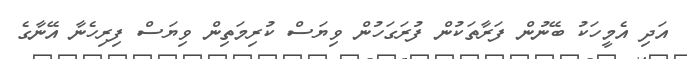
އަދި އެމީހަކު ބޭނުން ފަރާތަކުން ފުރަގަހުން ވިޔަސް ކުރިމަތިން ވިޔަސް ފިރިހެނާ އޭނާގެ